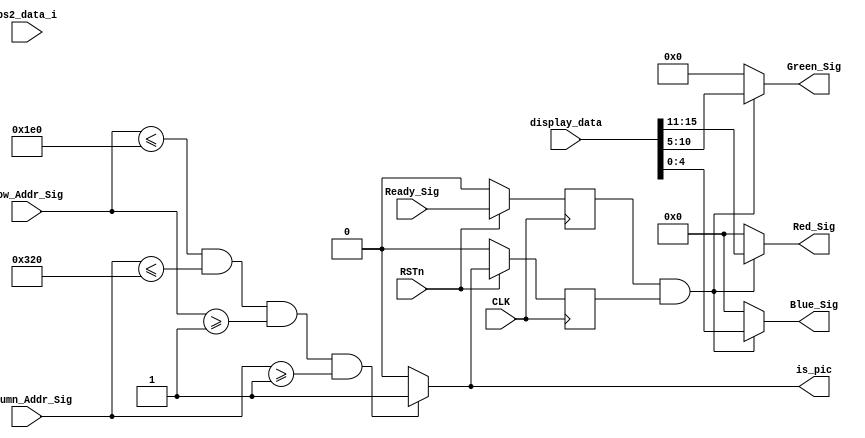


module vga_control_module
(
    CLK, RSTn,
	Ready_Sig, Column_Addr_Sig, Row_Addr_Sig,
	Red_Sig, Green_Sig, Blue_Sig,
	ps2_data_i,
	display_data,
	is_pic
);


	 input CLK;
	 input RSTn;
	 input Ready_Sig;
	 input [10:0]	Column_Addr_Sig;
	 input [10:0]	Row_Addr_Sig;
	 input [7:0] 	ps2_data_i;
	 input [15:0]	display_data;
	 output[4:0] Red_Sig;
	 output[5:0] Green_Sig;
	 output[4:0] Blue_Sig;
	 output is_pic;
	
	assign is_pic = (Row_Addr_Sig <= 480 && Column_Addr_Sig <= 800 && Row_Addr_Sig >= 1 && Column_Addr_Sig >= 1)  ? 1 : 0;
	
	// is_pic read fifo ,data valid delay 1 clk cycle
	reg	ispic_d1 = 0;			
	reg	Ready_Sig_d1 = 0;			
	always @(posedge CLK) begin
		if(!RSTn) begin
			ispic_d1 <= 0;
			Ready_Sig_d1 <= 0;
		end
		else begin
			ispic_d1 <= is_pic;
			Ready_Sig_d1 <= Ready_Sig;
		end
	end
	
	assign Red_Sig[4:0]   = Ready_Sig_d1 && ispic_d1 ? display_data[15:11] : 0;
	assign Green_Sig[5:0] = Ready_Sig_d1 && ispic_d1 ? display_data[10:5]  : 0;
	assign Blue_Sig[4:0]  = Ready_Sig_d1 && ispic_d1 ? display_data[4:0]   : 0;
	 
	 

endmodule